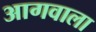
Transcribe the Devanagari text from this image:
आगवाला